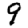
Digit: 9